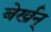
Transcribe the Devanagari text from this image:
बेर्खन्